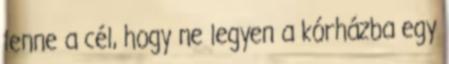
lenne a cél, hogy ne legyen a kórházba egy